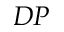
D P